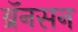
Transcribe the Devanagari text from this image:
ब्रॅनसन